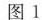
图1